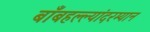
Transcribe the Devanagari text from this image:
बाँबहल्ल्यांदरम्यान